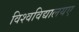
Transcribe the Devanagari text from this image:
विश्वविद्यालयए